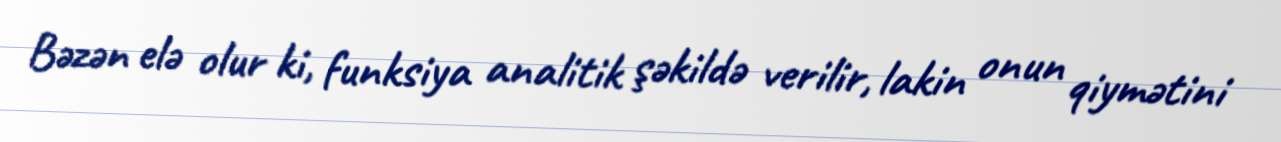
Bəzən elə olur ki, funksiya analitik şəkildə verilir, lakin onun qiymətini